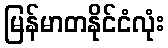
မြန်မာတနိုင်ငံလုံး